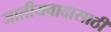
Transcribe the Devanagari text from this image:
जातीयवादासाठी